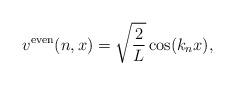
LaTeX: \begin{align*}v^{\rm even}(n,x) = \sqrt{\frac{2}{L}} \cos(k_n x),\end{align*}